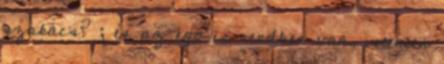
szakács? ; és az ego is rendben van, istenien